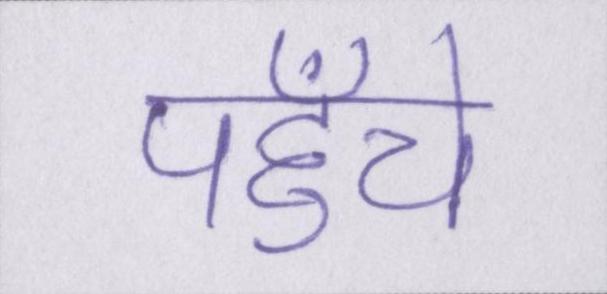
पहुँचे